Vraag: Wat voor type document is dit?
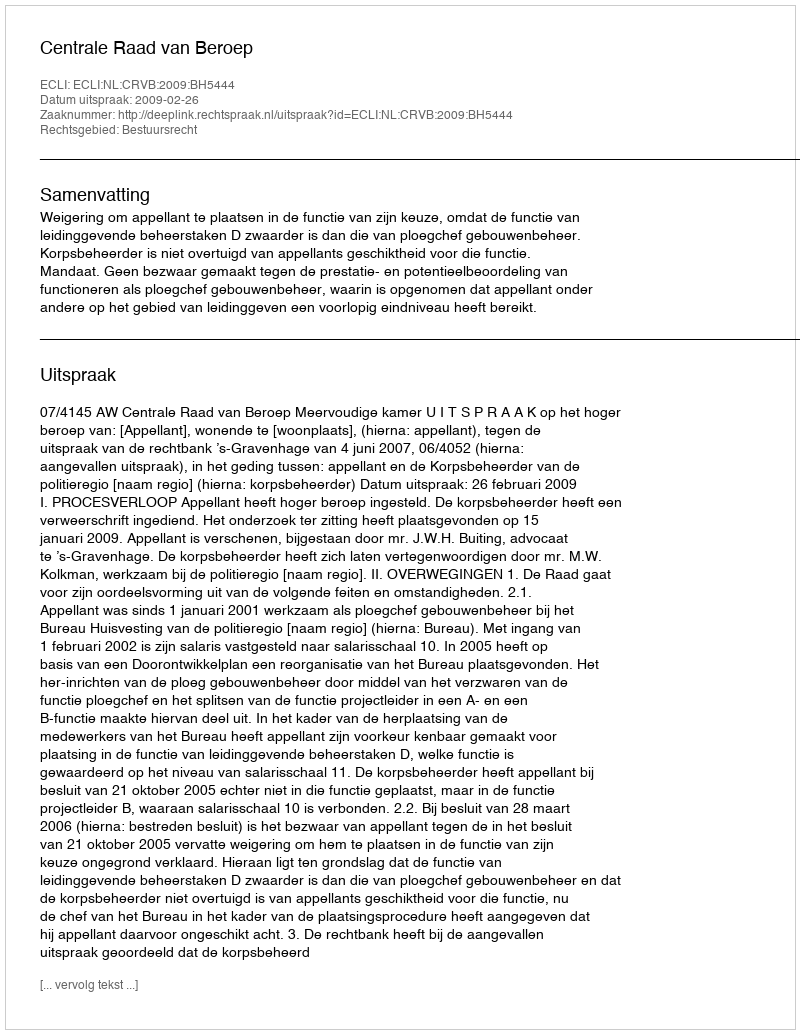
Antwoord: Uitspraak